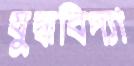
যুদ্ধবিদ্যা